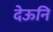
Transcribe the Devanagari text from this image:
देऊनि